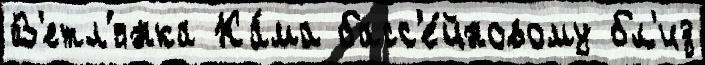
В'етл'янка Ка́ма басс'е́йновому бл'из